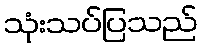
သုံးသပ်ပြသည်